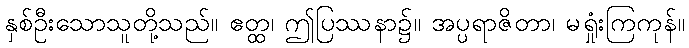
နှစ်ဦးသောသူတို့သည်။ ဧတ္ထ၊ ဤပြဿနာ၌။ အပ္ပရာဇိတာ၊ မရှုံးကြကုန်။